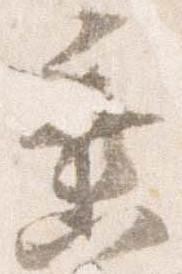
垂